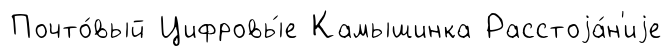
Почто́вый Цифровы́е Камышинка Расстоjа́н'иjе